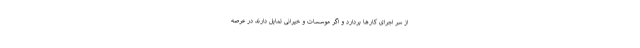
از سر اجرای کارها بردارد و اگر موسسات و خیرانی تمایل دارند در عرصه